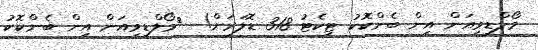
މޯލްޑިވިއަން އިން ބެންކޮކު ޓިކެޓު 318 ޑޮލަރަށް!  	މޯލްޑިވިއަން އިން ބެންކޮކު